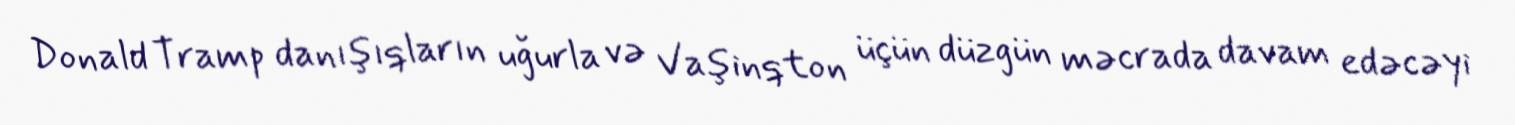
Donald Tramp danışıqların uğurla və Vaşinqton üçün düzgün məcrada davam edəcəyi